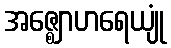
အဇ္ဈောဟရေယျုံ